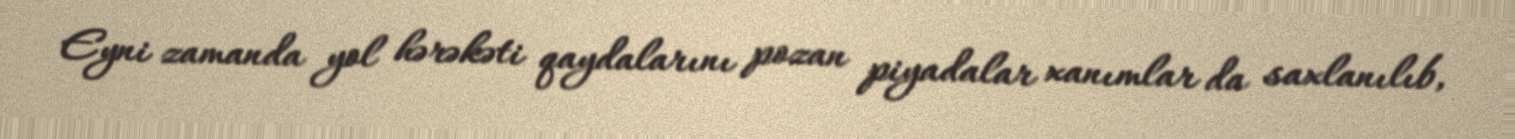
Eyni zamanda yol hərəkəti qaydalarını pozan piyadalar xanımlar da saxlanılıb,